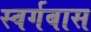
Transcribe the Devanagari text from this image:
स्वर्गबास